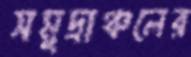
সমুদ্রাঞ্চলের